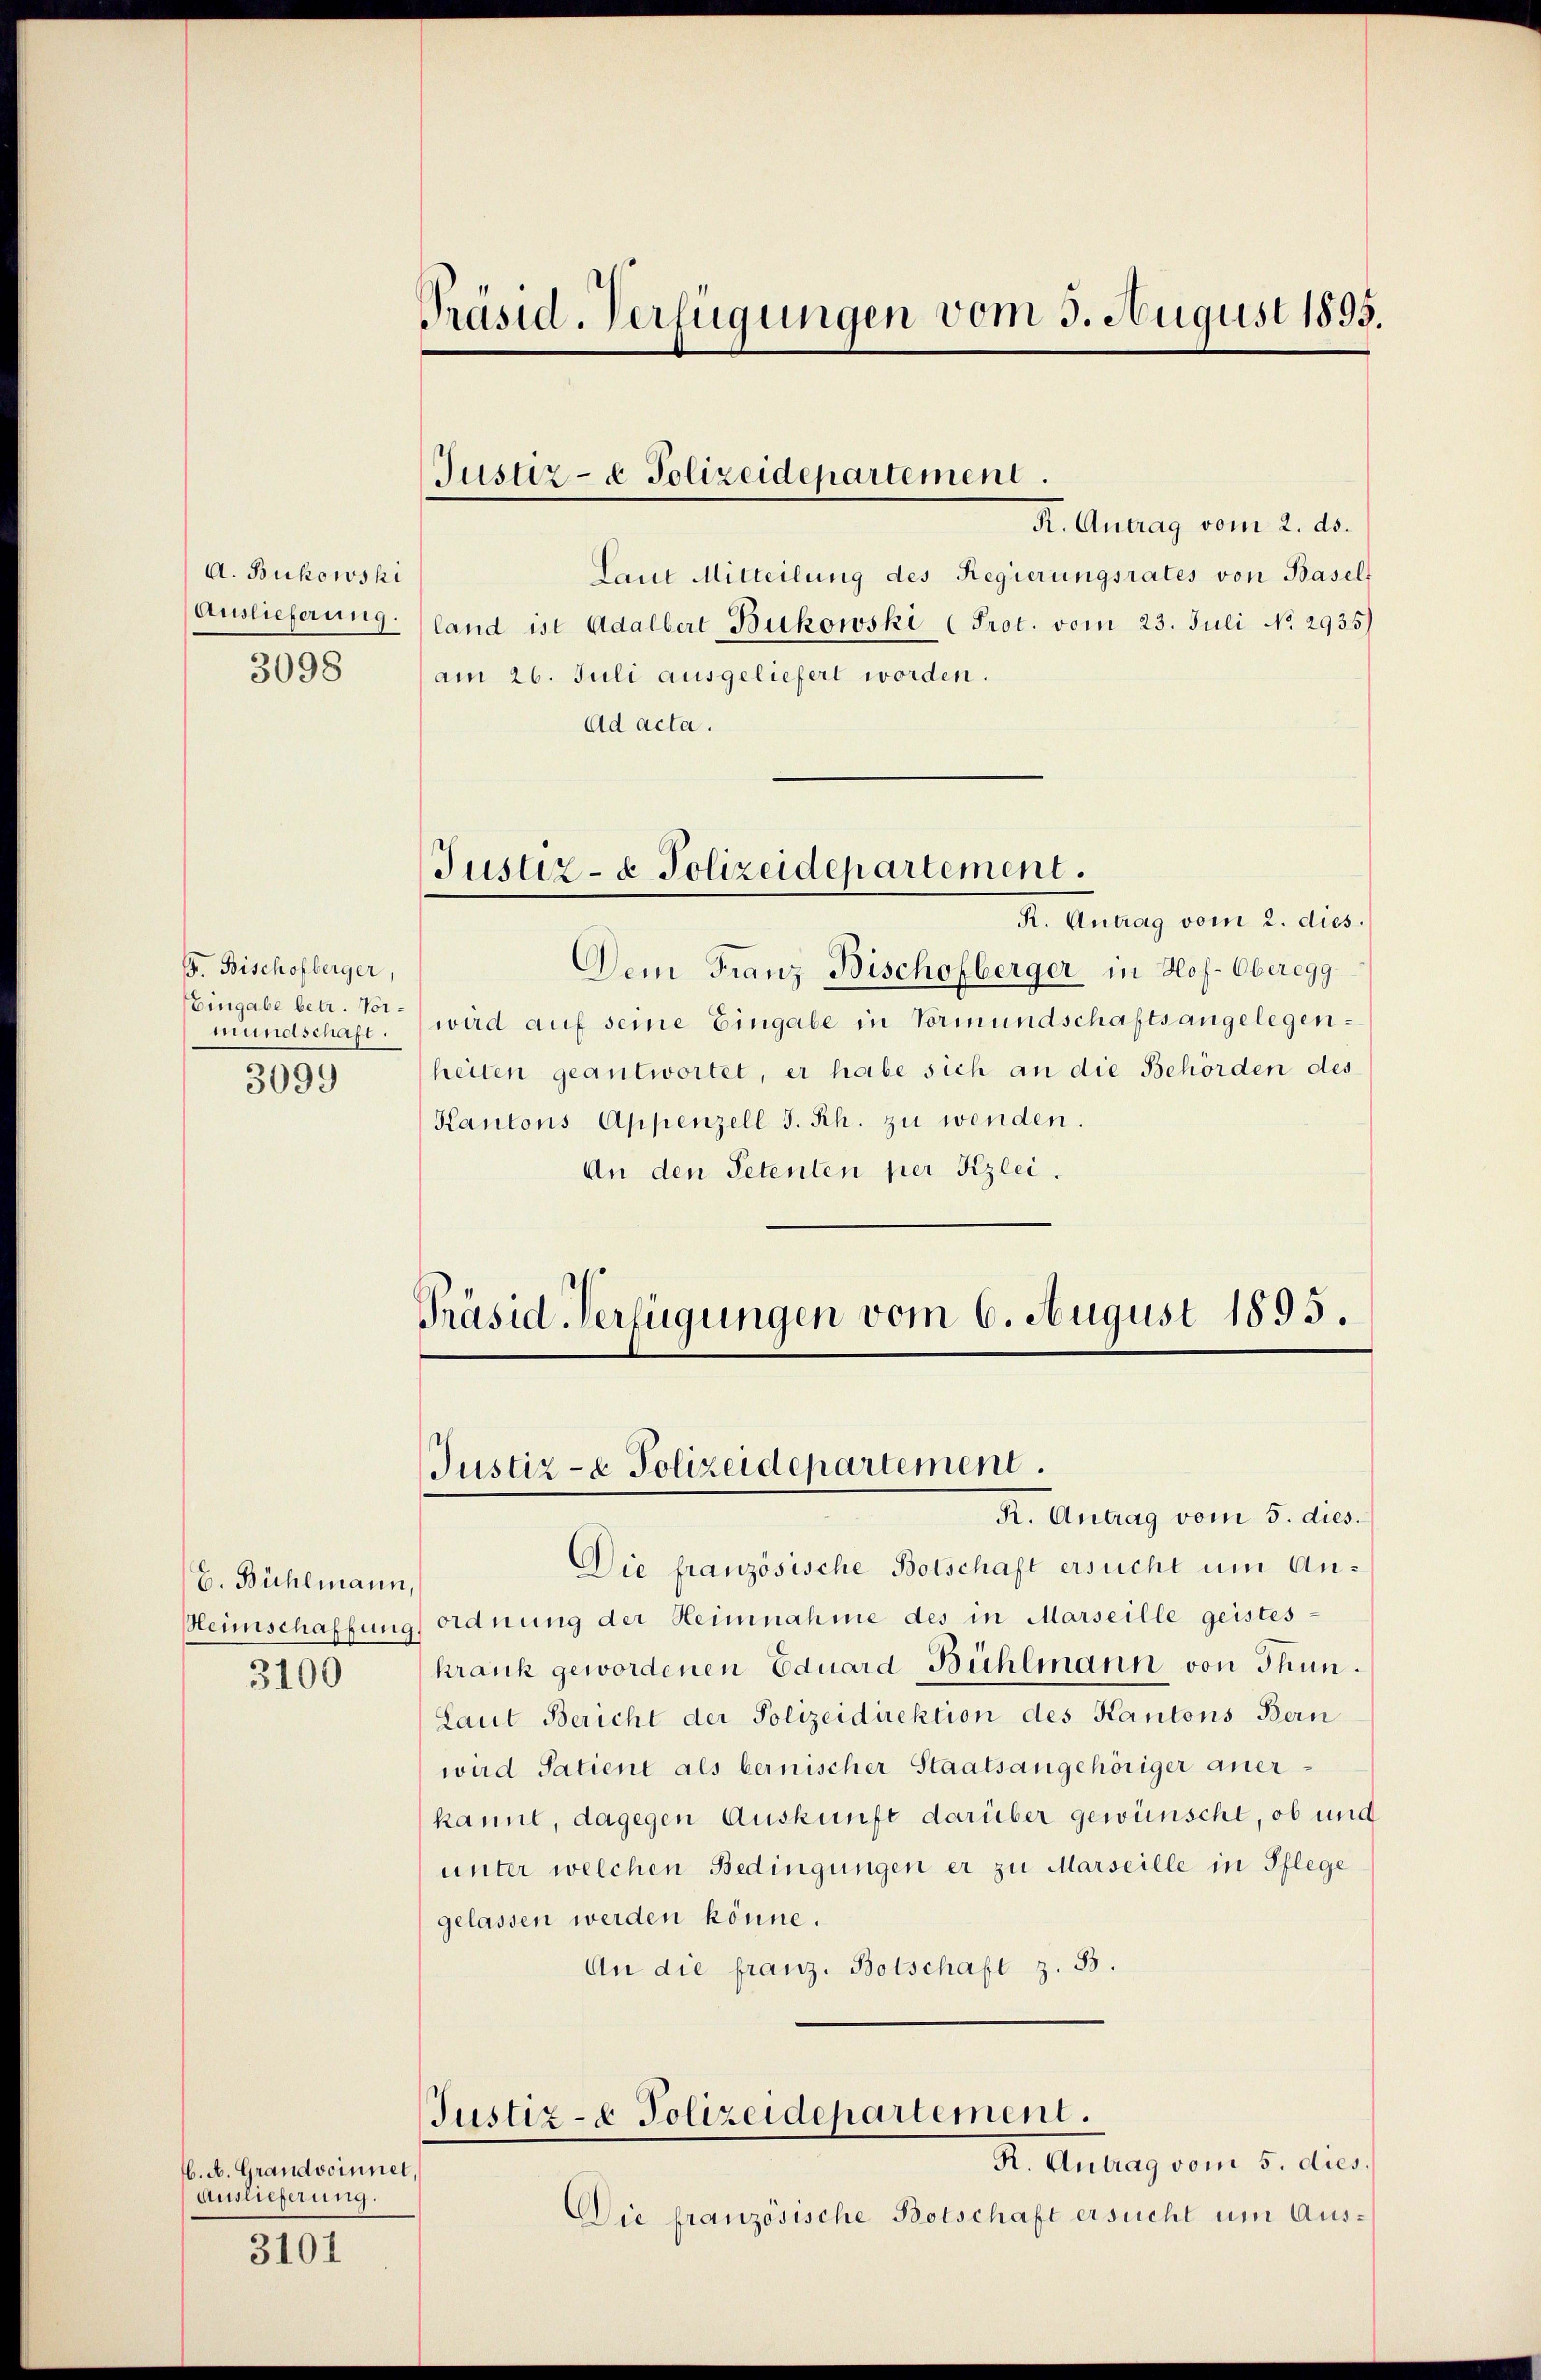
A. Bukowski
Auslieferung.
3098

F. Bischofberger,
Eingabe betr. Vormundschaft.
3099

E. Bühlmann,
3100

. A. Grandvoinner
Auslieferung.

3101

Präsid. Verfügungen vom 3. August 1895.

R. Antrag vom 2. ds.
Laut Mitteilung des Regierungsrates von Basel-
land ist Adalbert Bukowski (Prot. vom 23. Juli No 2935)
am 26. Juli ausgeliefert worden.
Ad acta.
R. Antrag vom 2. dies
Dem Franz Bischofberger in Hof-Oberegg
wird auf seine Eingabe in Vormundschaftsangelegenheiten geantwortet, er habe sich an die Behörden des
Kantons Appenzell I. Rh. zu wenden.
An den Petenten per Kzlei.

Justiz- & Polizeidepartement.

Justiz- & Polizeidepartement.

Präsid. Verfügungen vom 6. August 1895.
Justiz- & Polizeidepartement.

K. Antrag vom 5. dies.
Die französische Botschaft ersucht um An¬
Heimschaffung ordnung der Heimnahme des in Marseille geistes-
krank gewordenen Eduard Bühlmann von Thun.
Laut Bericht der Polizeidirektion des Kantons Bern
wird Satient als bernischer Staatsangehöriger anerkannt, dagegen Auskunft darüber gewünscht, ob und
unter welchen Bedingungen er zu Marseille in Pflege
gelassen werden könne.
An die franz. Botschaft z. B.
Justiz- & Polizeidepartement.
R. Antrag vom 5. dies
Die französische Botschaft ersucht um Aus¬